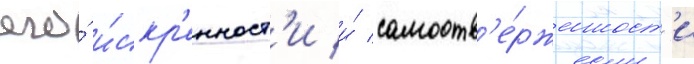
его́ и́скр'енност'и и́ самоотв'е́рженност'и